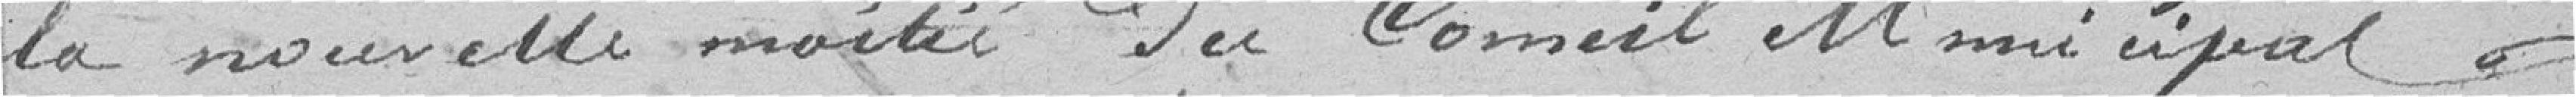
la nouvelle moitié du Conseil Municipal